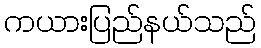
ကယားပြည်နယ်သည်